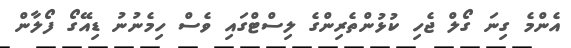
އެންމެ ގިނަ ގޯލް ޖެހި ކުޅުންތެރިންގެ ލިސްޓްގައި ވެސް ހިމެނުނު ޑިއޭގޯ ފޯލާން